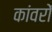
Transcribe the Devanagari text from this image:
कांवरों